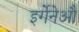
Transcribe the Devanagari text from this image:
इर्गेनेऔ